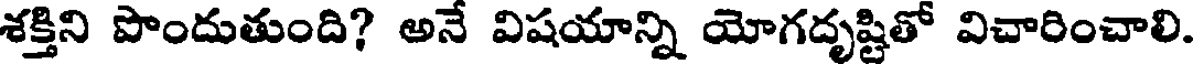
శక్తిని పొందుతుంది? అనే విషయాన్ని యోగదృష్టితో విచారించాలి.